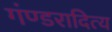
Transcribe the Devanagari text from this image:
गंण्डरादित्य